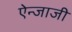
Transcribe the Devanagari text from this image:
ऐन्जाजी